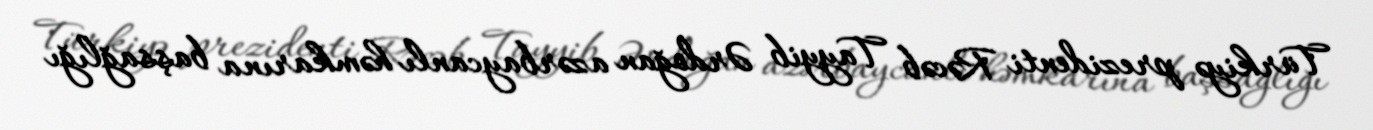
Türkiyə prezidenti Rəcəb Tayyib Ərdoğan azərbaycanlı həmkarına başsağlığı